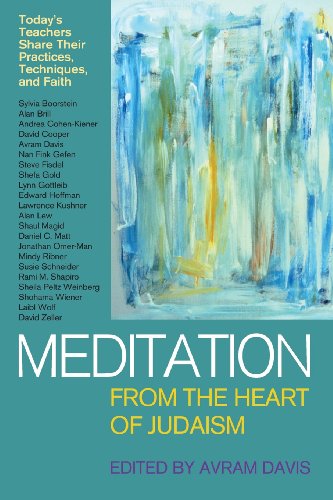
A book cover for Meditation from the Heart of Judaism: Today's Teachers Share Their Practices, Techniques, and Faith; Religion & Spirituality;